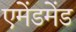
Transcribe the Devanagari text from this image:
एमेंडमेंड